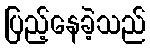
ပြည့်နေခဲ့သည်